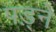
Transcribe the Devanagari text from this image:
पड़्ने